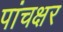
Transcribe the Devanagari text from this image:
पांचक्षर